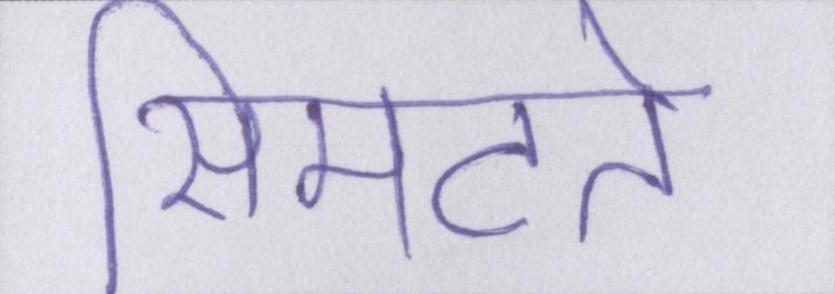
सिमटते